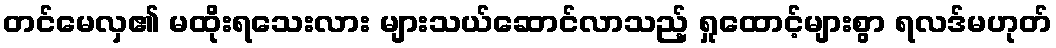
တင်မေလှ၏ မထိုးရသေးလား များသယ်ဆောင်လာသည့် ရှုထောင့်များစွာ ရလဒ်မဟုတ်